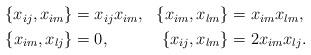
LaTeX: \begin{align*}\begin{aligned}\{x_{ij},x_{im}\} &= x_{ij}x_{im}, & \{x_{im},x_{lm}\} &= x_{im}x_{lm}, \\\{x_{im},x_{lj}\} &= 0, & \{x_{ij},x_{lm}\} &= 2x_{im}x_{lj}.\end{aligned}\end{align*}